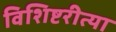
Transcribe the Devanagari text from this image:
विशिष्टरीत्या